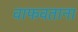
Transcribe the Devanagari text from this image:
वाफवताना